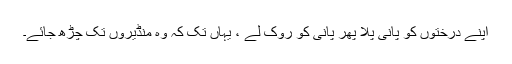
اپنے درختوں کو پانی پلا پھر پانی کو روک لے ، یہاں تک کہ وہ منڈیروں تک چڑھ جائے۔